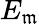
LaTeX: E_{\mathfrak{m}}